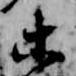
等